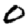
Digit: 0